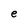
Character: e